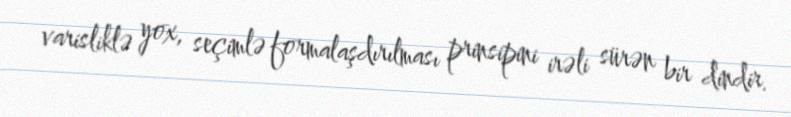
varisliklə yox, seçimlə formalaşdırılması prinsipini irəli sürən bir dindir.